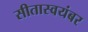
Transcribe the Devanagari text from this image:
सीतास्वयंबर